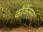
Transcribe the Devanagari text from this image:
कॉकॅसस